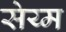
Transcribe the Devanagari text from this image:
सेय्म